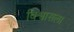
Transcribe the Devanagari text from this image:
विश्वासला